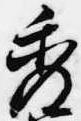
秀